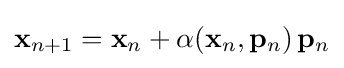
\mathbf {x} _{n+1}=\mathbf {x} _{n}+\alpha (\mathbf {x} _{n},\mathbf {p} _{n})\,\mathbf {p} _{n}